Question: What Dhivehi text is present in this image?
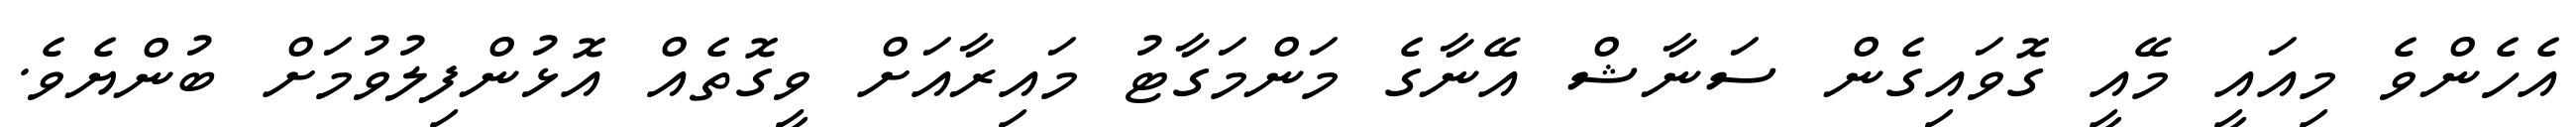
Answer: އެހެންވެ މިއައީ މޭއީ ގޮވައިގެން ސަނާޝް އޭނާގެ މަންމަގާޓު މައިރާއަށް ވީގޮތެއް އޮޅުންފިލުވުމަށް ބުންޔެވެ.